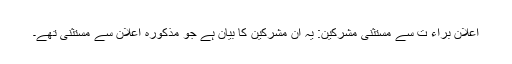
اعلان براء ت سے مستثنیٰ مشرکین: یہ ان مشرکین کا بیان ہے جو مذکورہ اعلان سے مستثنیٰ تھے۔